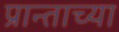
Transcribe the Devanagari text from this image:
प्रान्ताच्या